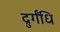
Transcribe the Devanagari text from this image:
द्रुर्गंधि